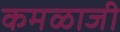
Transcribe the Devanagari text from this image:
कमळाजी